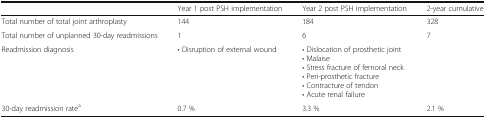
<table><thead><tr><td></td><td><b>Year 1 post PSH implementation</b></td><td><b>Year 2 post PSH implementation</b></td><td><b>2-year cumulative</b></td></tr></thead><tbody><tr><td>Total number of total joint arthroplasty</td><td>144</td><td>184</td><td>328</td></tr><tr><td>Total number of unplanned 30-day readmissions</td><td>1</td><td>6</td><td>7</td></tr><tr><td>Readmission diagnosis</td><td>• Disruption of external wound</td><td>• Dislocation of prosthetic joint• Malaise• Stress fracture of femoral neck• Peri-prosthetic fracture• Contracture of tendon• Acute renal failure</td><td></td></tr><tr><td>30-day readmission rate<sup>a</sup></td><td>0.7 %</td><td>3.3 %</td><td>2.1 %</td></tr></tbody></table>